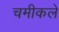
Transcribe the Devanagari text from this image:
चमीकले